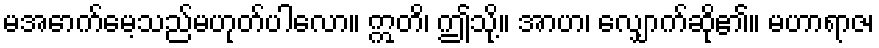
မအောက်မေ့သည်မဟုတ်ပါလော။ ဣတိ၊ ဤသို့။ အာဟ၊ လျှောက်ဆို၏။ မဟာရာဇ၊